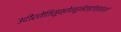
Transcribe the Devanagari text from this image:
उदीरतेतिसूक्तेनहुनेदष्टोत्तरंशतं